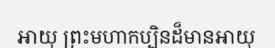
អាយុ ព្រះមហាកប្បិនដ៏មានអាយុ